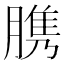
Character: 䐪